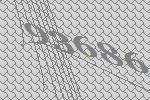
93686